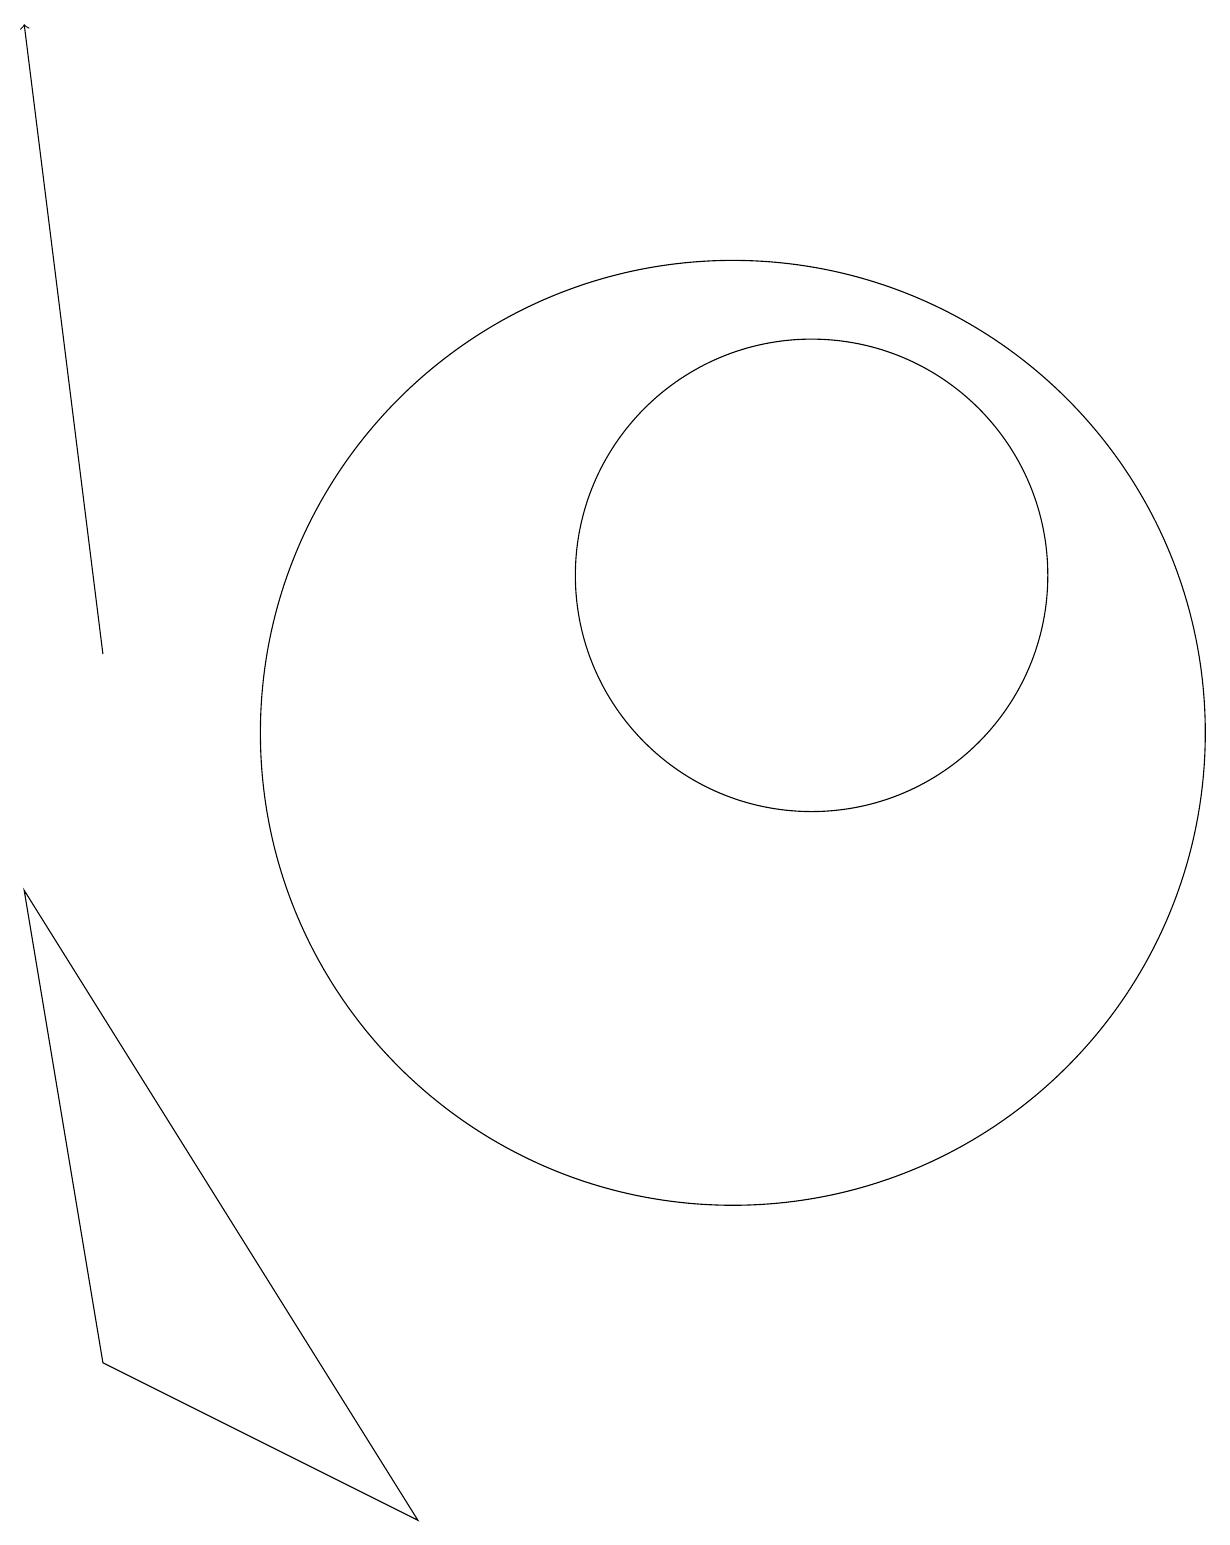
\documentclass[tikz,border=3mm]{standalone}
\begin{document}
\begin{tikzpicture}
\draw (10,10) circle (6);
\draw[->] (2,11) -- (1,19);
\draw (11,12) circle (3);
\draw (1,8) -- (2,2) -- (6,0) -- cycle;
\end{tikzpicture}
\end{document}